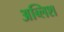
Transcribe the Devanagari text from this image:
अब्लिश